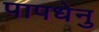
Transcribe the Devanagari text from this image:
पापधेनु